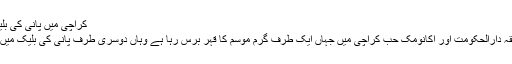
کراچی میں پانی کی بلیک میں فروخت جاری -
کراچی: پاکستان کے سابقہ دارالحکومت اور اکانومک حب کراچی میں جہاں ایک طرف گرم موسم کا قہر برس رہا ہے وہاں دوسری طرف پانی کی بلیک میں فروخت بھی جاری ہے۔